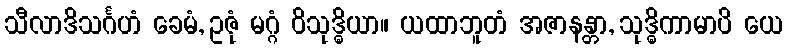
သီလာဒိသင်္ဂဟံ ခေမံ, ဥဇုံ မဂ္ဂံ ဝိသုဒ္ဓိယာ။ ယထာဘူတံ အဇာနန္တာ, သုဒ္ဓိကာမာပိ ယေ